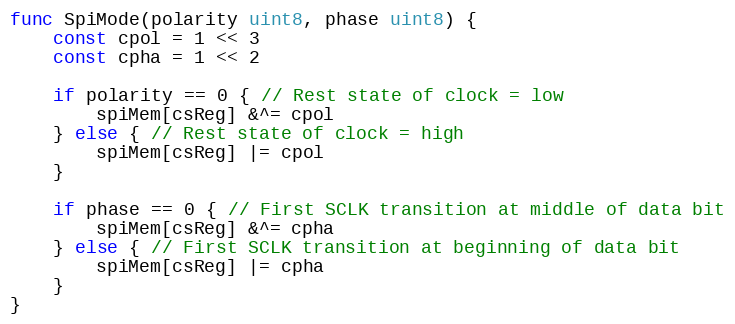
Language: Go
func SpiMode(polarity uint8, phase uint8) {
	const cpol = 1 << 3
	const cpha = 1 << 2

	if polarity == 0 { // Rest state of clock = low
		spiMem[csReg] &^= cpol
	} else { // Rest state of clock = high
		spiMem[csReg] |= cpol
	}

	if phase == 0 { // First SCLK transition at middle of data bit
		spiMem[csReg] &^= cpha
	} else { // First SCLK transition at beginning of data bit
		spiMem[csReg] |= cpha
	}
}